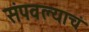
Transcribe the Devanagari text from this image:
संपवल्याचं